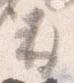
并